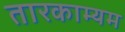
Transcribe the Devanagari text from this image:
तारकाम्यम